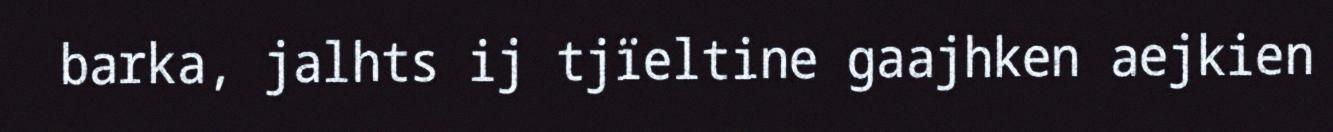
barka, jalhts ij tjïeltine gaajhken aejkien